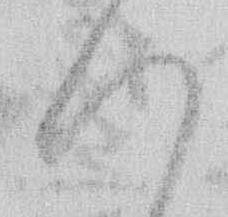
い